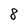
Character: 8